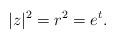
LaTeX: \begin{align*}|z|^2=r^2=e^t.\end{align*}